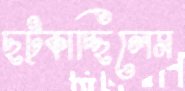
ছট্‌কাচ্ছিলেম